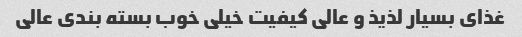
غذای بسیار لذیذ و عالی کیفیت خیلی خوب بسته بندی عالی